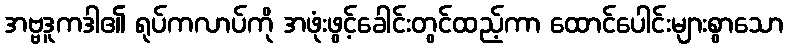
အဗ္ဗဒူကဒါ၏ ရုပ်ကလာပ်ကို အဖုံးဖွင့်ခေါင်းတွင်ထည့်ကာ ထောင်ပေါင်းများစွာသော